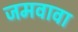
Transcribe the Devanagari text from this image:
जमवावा